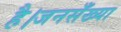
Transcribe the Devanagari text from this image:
है।जनसँख्या